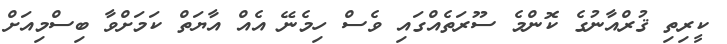
ކީރިތި ޤުރްއާނުގެ ކޮންމެ ސޫރަތެއްގައި ވެސް ހިމެނޭ އެއް އާޔަތް ކަމަށްވާ ބިސްމިއަށް